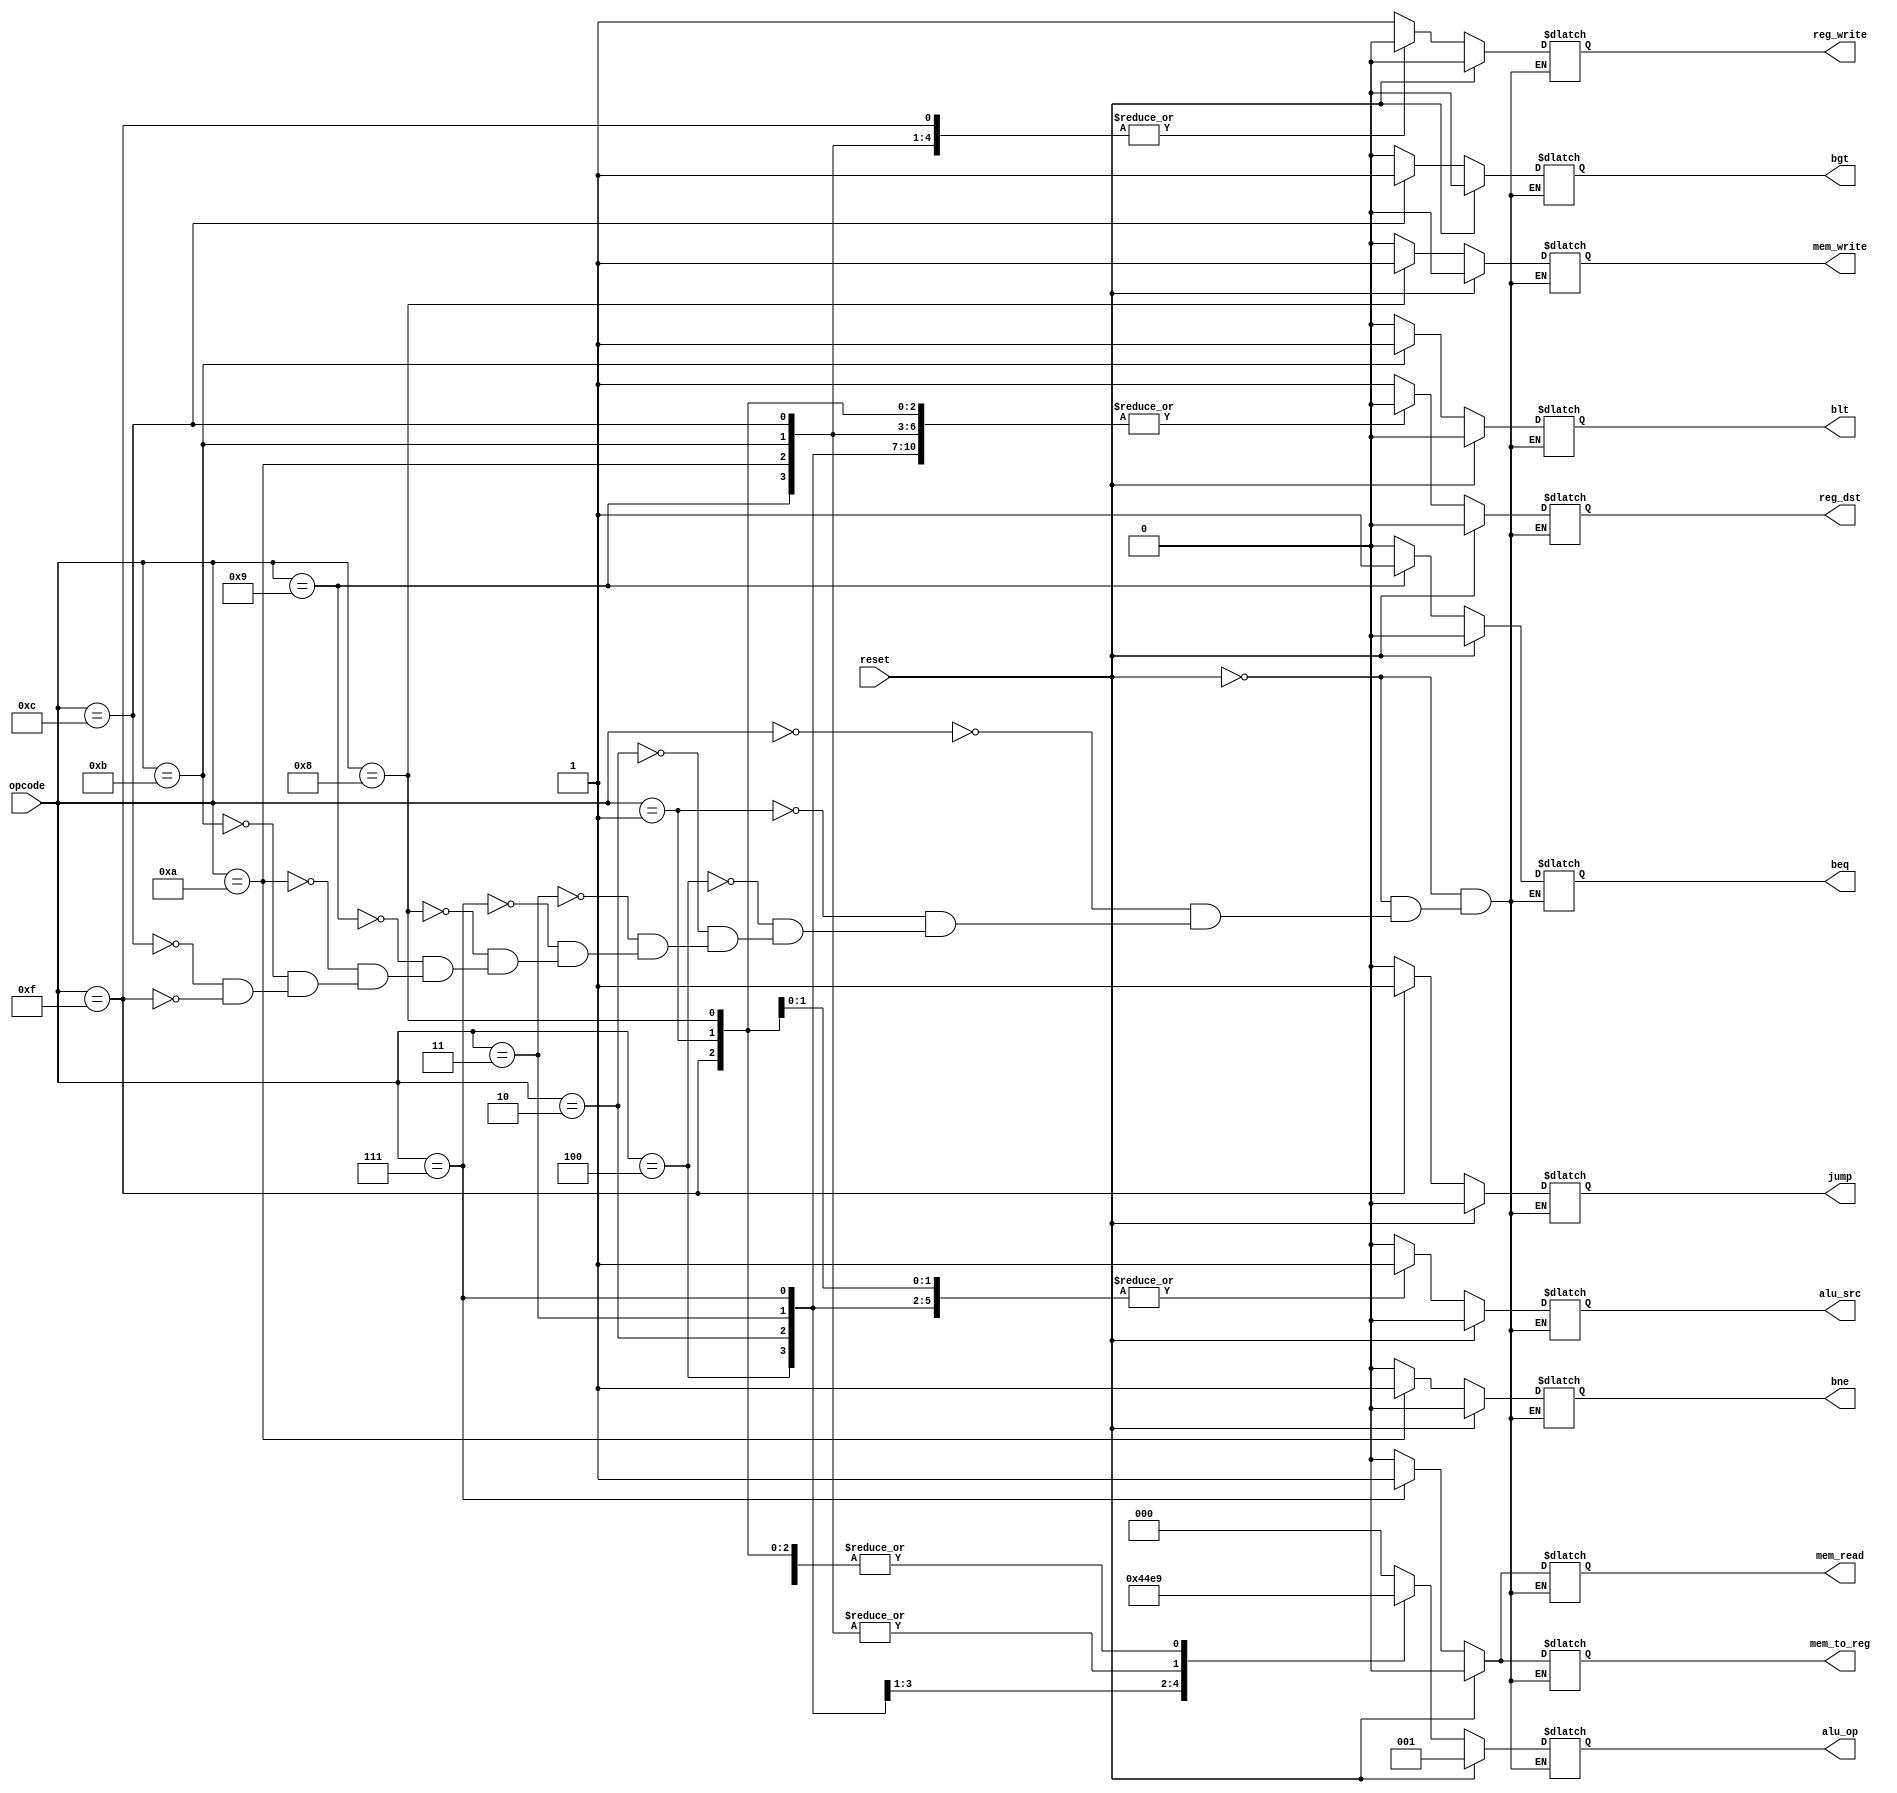
//ehtemalan ye blt va bgt niaz hast
module Control(input[3:0] opcode,
			   input reset,
			   output reg[2:0]  alu_op,
			output reg reg_write,reg_dst,alu_src,mem_write, mem_read,mem_to_reg,jump,beq,bne,blt,bgt);

always@(opcode, reset) begin
	if(reset == 1'b1)begin
		reg_dst = 1'b0;  
		reg_write = 1'b0;
		alu_src = 1'b0;
		alu_op = 3'b001;  
		mem_read = 1'b0;
		mem_write = 1'b0;
		mem_to_reg = 1'b0; 			
		beq = 1'b0; 
		bne = 1'b0; 
		blt=1'b0;
		bgt=1'b0;
		jump = 1'b0;			
	end
	else begin
		case(opcode)
			4'b0000: begin //R-Type
				reg_dst = 1'b1;
				reg_write = 1'b1;
				alu_src = 1'b0;
				alu_op = 3'b000;  
				mem_read = 1'b0;
				mem_write = 1'b0;
				mem_to_reg = 1'b0;
				beq = 1'b0; 
				bne = 1'b0; 
				blt=1'b0;
				bgt=1'b0;
				jump = 1'b0;			
			end
			4'b0001: begin //addi
				reg_dst = 1'b0;
				reg_write = 1'b1;
				alu_src = 1'b1;
				alu_op = 3'b001;  
				mem_read = 1'b0;
				mem_write = 1'b0;
				mem_to_reg = 1'b0;
				beq = 1'b0; 
				bne = 1'b0; 
				blt=1'b0;
				bgt=1'b0;
				jump = 1'b0;
			end

			4'b0100: begin //subi
				reg_dst = 1'b0;
				reg_write = 1'b1;
				alu_src = 1'b1;
				alu_op = 3'b100;  
				mem_read = 1'b0;
				mem_write = 1'b0;
				mem_to_reg = 1'b0;
				beq = 1'b0; 
				bne = 1'b0; 
				blt=1'b0;
				bgt=1'b0;
				jump = 1'b0;
			end
			4'b0010: begin //andi
				reg_dst = 1'b0;
				reg_write = 1'b1;
				alu_src = 1'b1;
				alu_op = 3'b010;  
				mem_read = 1'b0;
				mem_write = 1'b0;
				mem_to_reg = 1'b0;
				beq = 1'b0; 
				bne = 1'b0; 
				blt=1'b0;
				bgt=1'b0;
				jump = 1'b0;
			end
			4'b0011: begin //ori
				reg_dst = 1'b0;
				reg_write = 1'b1;
				alu_src = 1'b1;
				alu_op = 3'b011;  
				mem_read = 1'b0;
				mem_write = 1'b0;
				mem_to_reg = 1'b0;
				beq = 1'b0; 
				bne = 1'b0; 
				blt=1'b0;
				bgt=1'b0;
				jump = 1'b0;
			end
			4'b0111: begin //lhw
				reg_dst = 1'b0;
				reg_write = 1'b1;
				alu_src = 1'b1;
				alu_op = 3'b001;  
				mem_read = 1'b1;
				mem_write = 1'b0;
				mem_to_reg = 1'b1;
				beq = 1'b0; 
				bne = 1'b0; 
				blt=1'b0;
				bgt=1'b0;
				jump = 1'b0;
			end
			4'b1000: begin //shw
				reg_dst = 1'b0; //don't care
				reg_write = 1'b1;
				alu_src = 1'b1;
				alu_op = 3'b001;  
				mem_read = 1'b0;
				mem_write = 1'b1;
				mem_to_reg = 1'b0;
				beq = 1'b0; 
				bne = 1'b0; 
				blt=1'b0;
				bgt=1'b0;
				jump = 1'b0;
			end
			4'b1001: begin //beq
				reg_dst = 1'b0; //don't care
				reg_write = 1'b0;
				alu_src = 1'b0;
				alu_op = 3'b101;  
				mem_read = 1'b0;
				mem_write = 1'b0;
				mem_to_reg = 1'b0; //don't care
				beq = 1'b1; 
				bne = 1'b0; 
				blt=1'b0;
				bgt=1'b0;
				jump = 1'b0;
			end
			4'b1010: begin //bne
				reg_dst = 1'b0; //don't care
				reg_write = 1'b0;
				alu_src = 1'b0;
				alu_op = 3'b101;  
				mem_read = 1'b0;
				mem_write = 1'b0;
				mem_to_reg = 1'b0; //don't care
				beq = 1'b0; 
				bne = 1'b1; 
				blt=1'b0;
				bgt=1'b0;
				jump = 1'b0;
			end
			4'b1011: begin //blt
				reg_dst = 1'b0; //don't care
				reg_write = 1'b0;
				alu_src = 1'b0;
				alu_op = 3'b101;  
				mem_read = 1'b0;
				mem_write = 1'b0;
				mem_to_reg = 1'b0; //don't care
				beq = 1'b0; 
				bne = 1'b0; 
				blt=1'b1;
				bgt=1'b0;
				jump = 1'b0;
			end
			4'b1100: begin //bgt
				reg_dst = 1'b0; //don't care
				reg_write = 1'b0;
				alu_src = 1'b0;
				alu_op = 3'b101;  
				mem_read = 1'b0;
				mem_write = 1'b0;
				mem_to_reg = 1'b0; //don't care
				beq = 1'b0; 
				bne = 1'b0; 
				blt=1'b0;
				bgt=1'b1;
				jump = 1'b0;
			end
			4'b1111: begin //jump
				reg_dst = 1'b0; //don't care
				reg_write = 1'b0;
				alu_src = 1'b0;
				alu_op = 3'b001;  
				mem_read = 1'b0;
				mem_write = 1'b0;
				mem_to_reg = 1'b0; //don't care
				beq = 1'b0; 
				bne = 1'b0; 
				blt=1'b0;
				bgt=1'b0;
				jump = 1'b1;
			end	
		endcase
	end
end

endmodule